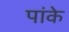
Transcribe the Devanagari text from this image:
पांके